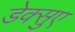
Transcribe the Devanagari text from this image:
डेक्सुए